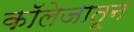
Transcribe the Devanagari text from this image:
काॅलेजातून